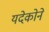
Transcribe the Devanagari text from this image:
यदेकोने